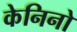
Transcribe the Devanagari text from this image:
केनिनो